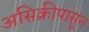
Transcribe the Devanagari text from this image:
असिक्रीपासून